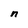
Character: n